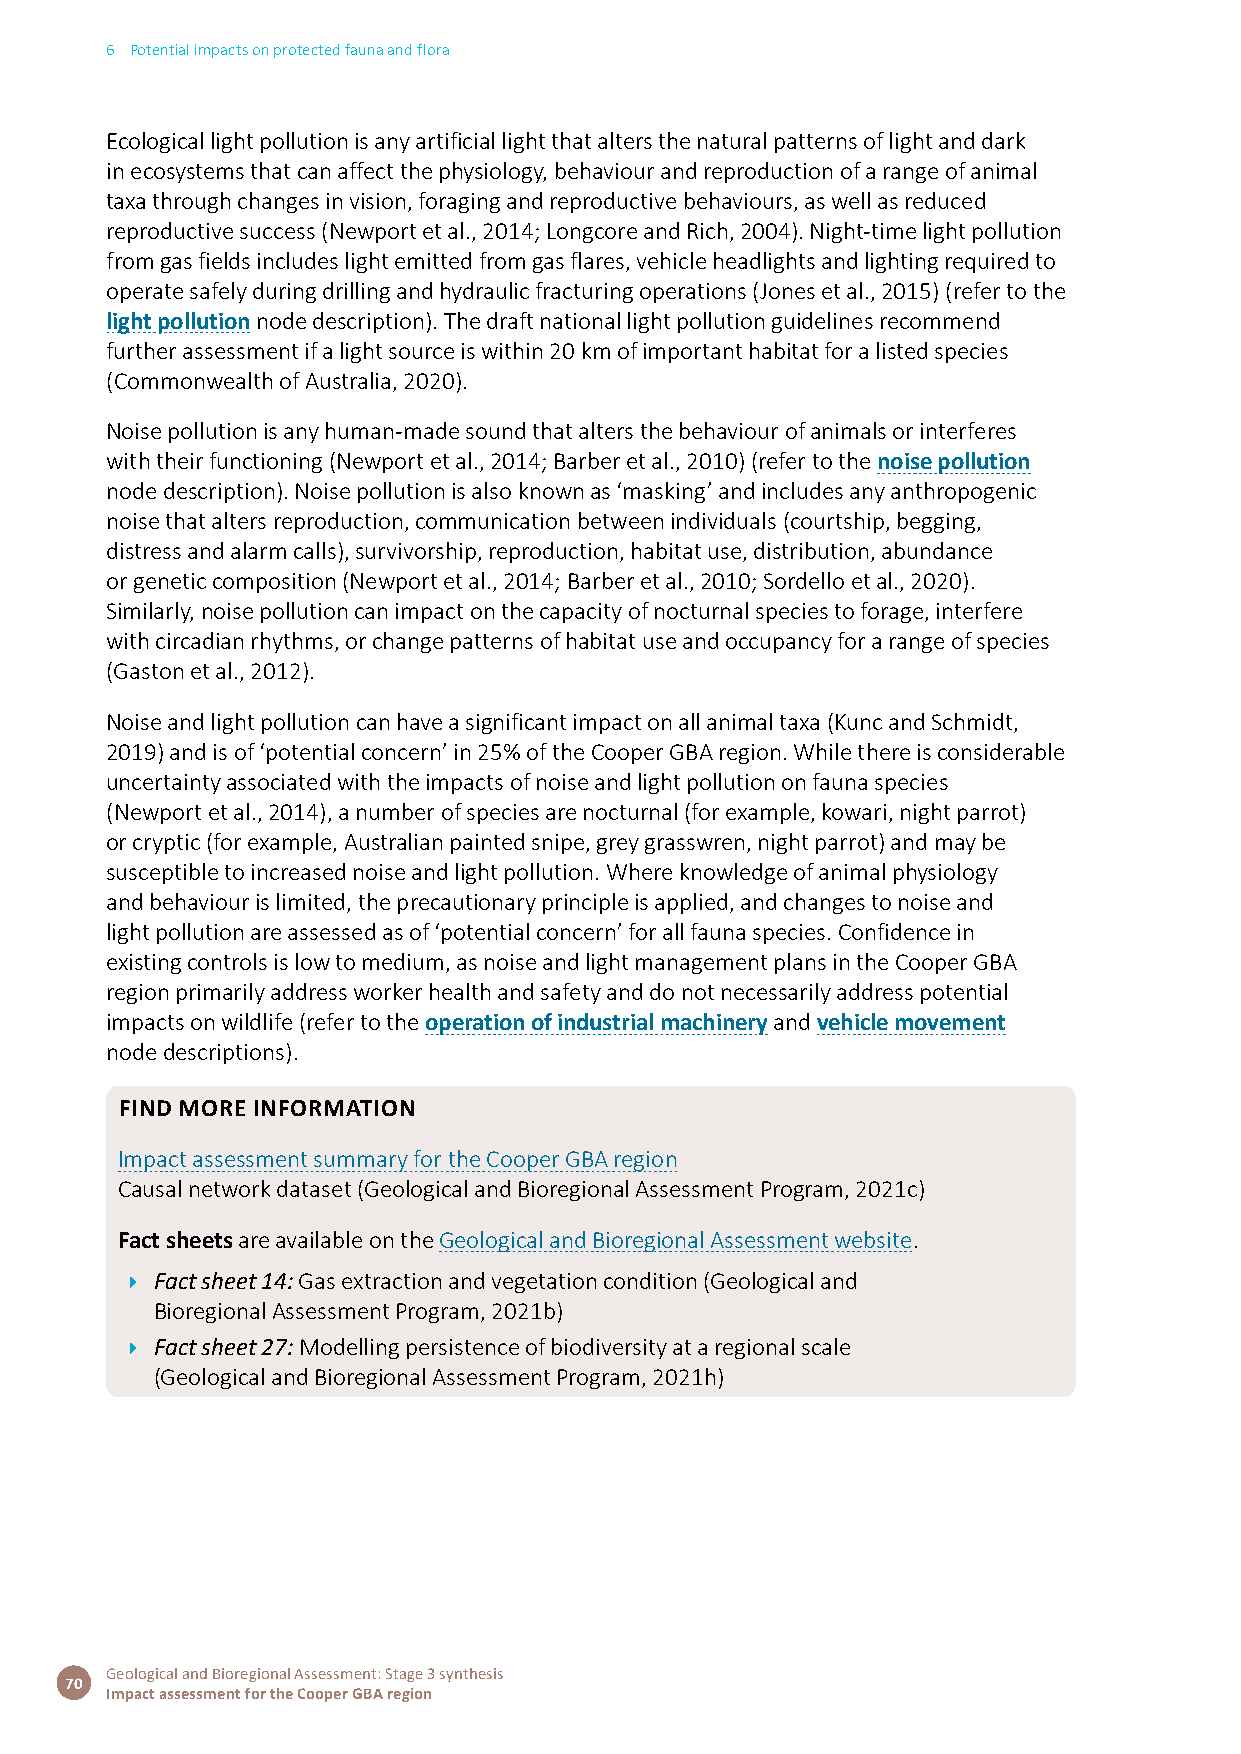
6 Potential impacts on protected fauna and flora
 Ecological light pollution is any artificial light that alters the natural patterns of light and dark
 in ecosystems that can affect the physiology, behaviour and reproduction of a range of animal
 taxa through changes in vision, foraging and reproductive behaviours, as well as reduced
 reproductive success (Newport et al., 2014; Longcore and Rich, 2004). Night-time light pollution
 from gas fields includes light emitted from gas flares, vehicle headlights and lighting required to
 operate safely during drilling and hydraulic fracturing operations (Jones et al., 2015) (refer to the
 light pollution node description). The draft national light pollution guidelines recommend
 further assessment if a light source is within 20 km of important habitat for a listed species
 (Commonwealth of Australia, 2020).
 Noise pollution is any human-made sound that alters the behaviour of animals or interferes
 with their functioning (Newport et al., 2014; Barber et al., 2010) (refer to the noise pollution
 node description). Noise pollution is also known as ‘masking’ and includes any anthropogenic
 noise that alters reproduction, communication between individuals (courtship, begging,
 distress and alarm calls), survivorship, reproduction, habitat use, distribution, abundance
 or genetic composition (Newport et al., 2014; Barber et al., 2010; Sordello et al., 2020).
 Similarly, noise pollution can impact on the capacity of nocturnal species to forage, interfere
 with circadian rhythms, or change patterns of habitat use and occupancy for a range of species
 (Gaston et al., 2012).
 Noise and light pollution can have a significant impact on all animal taxa (Kunc and Schmidt,
 2019) and is of ‘potential concern’ in 25% of the Cooper GBA region. While there is considerable
 uncertainty associated with the impacts of noise and light pollution on fauna species
 (Newport et al., 2014), a number of species are nocturnal (for example, kowari, night parrot)
 or cryptic (for example, Australian painted snipe, grey grasswren, night parrot) and may be
 susceptible to increased noise and light pollution. Where knowledge of animal physiology
 and behaviour is limited, the precautionary principle is applied, and changes to noise and
 light pollution are assessed as of ‘potential concern’ for all fauna species. Confidence in
 existing controls is low to medium, as noise and light management plans in the Cooper GBA
 region primarily address worker health and safety and do not necessarily address potential
 impacts on wildlife (refer to the operation of industrial machinery and vehicle movement
 node descriptions).
 FiND MORE iNFORMATiON
 Impact assessment summary for the Cooper GBA region
 Causal network dataset (Geological and Bioregional Assessment Program, 2021c)
 Fact sheets are available on the Geological and Bioregional Assessment website.
 Î Fact sheet 14: Gas extraction and vegetation condition (Geological and
 Bioregional Assessment Program, 2021b)
 Î Fact sheet 27: Modelling persistence of biodiversity at a regional scale
 (Geological and Bioregional Assessment Program, 2021h)
 Geological and Bioregional Assessment: Stage 3 synthesis
 70
 Impact assessment for the Cooper GBA region